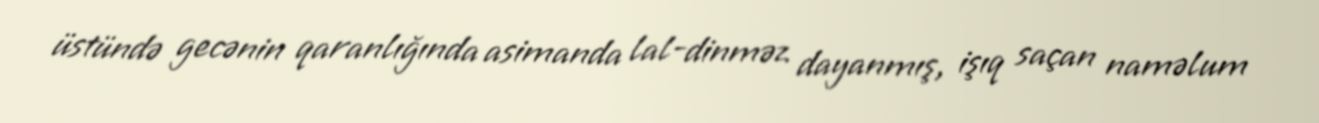
üstündə gecənin qaranlığında asimanda lal-dinməz dayanmış, işıq saçan naməlum